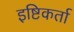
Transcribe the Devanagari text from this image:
इष्टिकर्ता